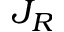
J _ { R }